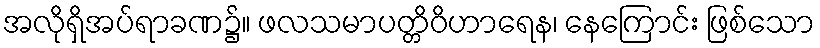
အလိုရှိအပ်ရာခဏ၌။ ဖလသမာပတ္တိဝိဟာရေန၊ နေကြောင်း ဖြစ်သော